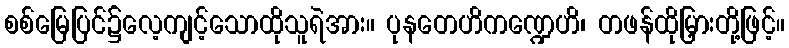
စစ်မြေပြင်၌လေ့ကျင့်သောထိုသူရဲအား။ ပုနတေဟိကဏ္ဍေဟိ၊ တဖန်ထိုမြှားတို့ဖြင့်။